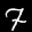
Label: 7